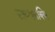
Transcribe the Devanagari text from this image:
स्तब्धसक्थि